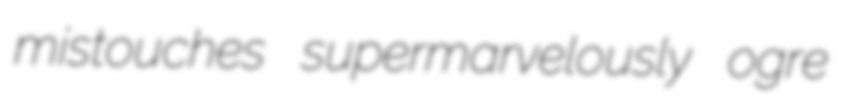
mistouches supermarvelously ogre